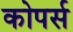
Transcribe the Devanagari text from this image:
कोपर्स